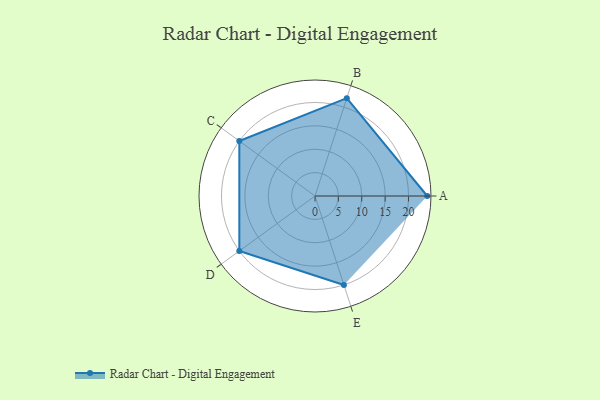
{"axis": {"x": "Skill", "y": "Score"}, "legend": ["Profile"], "data": [{"x": "A", "y": 24.0, "type": "Profile"}, {"x": "B", "y": 22.0, "type": "Profile"}, {"x": "C", "y": 20, "type": "Profile"}, {"x": "D", "y": 20, "type": "Profile"}, {"x": "E", "y": 20, "type": "Profile"}]}